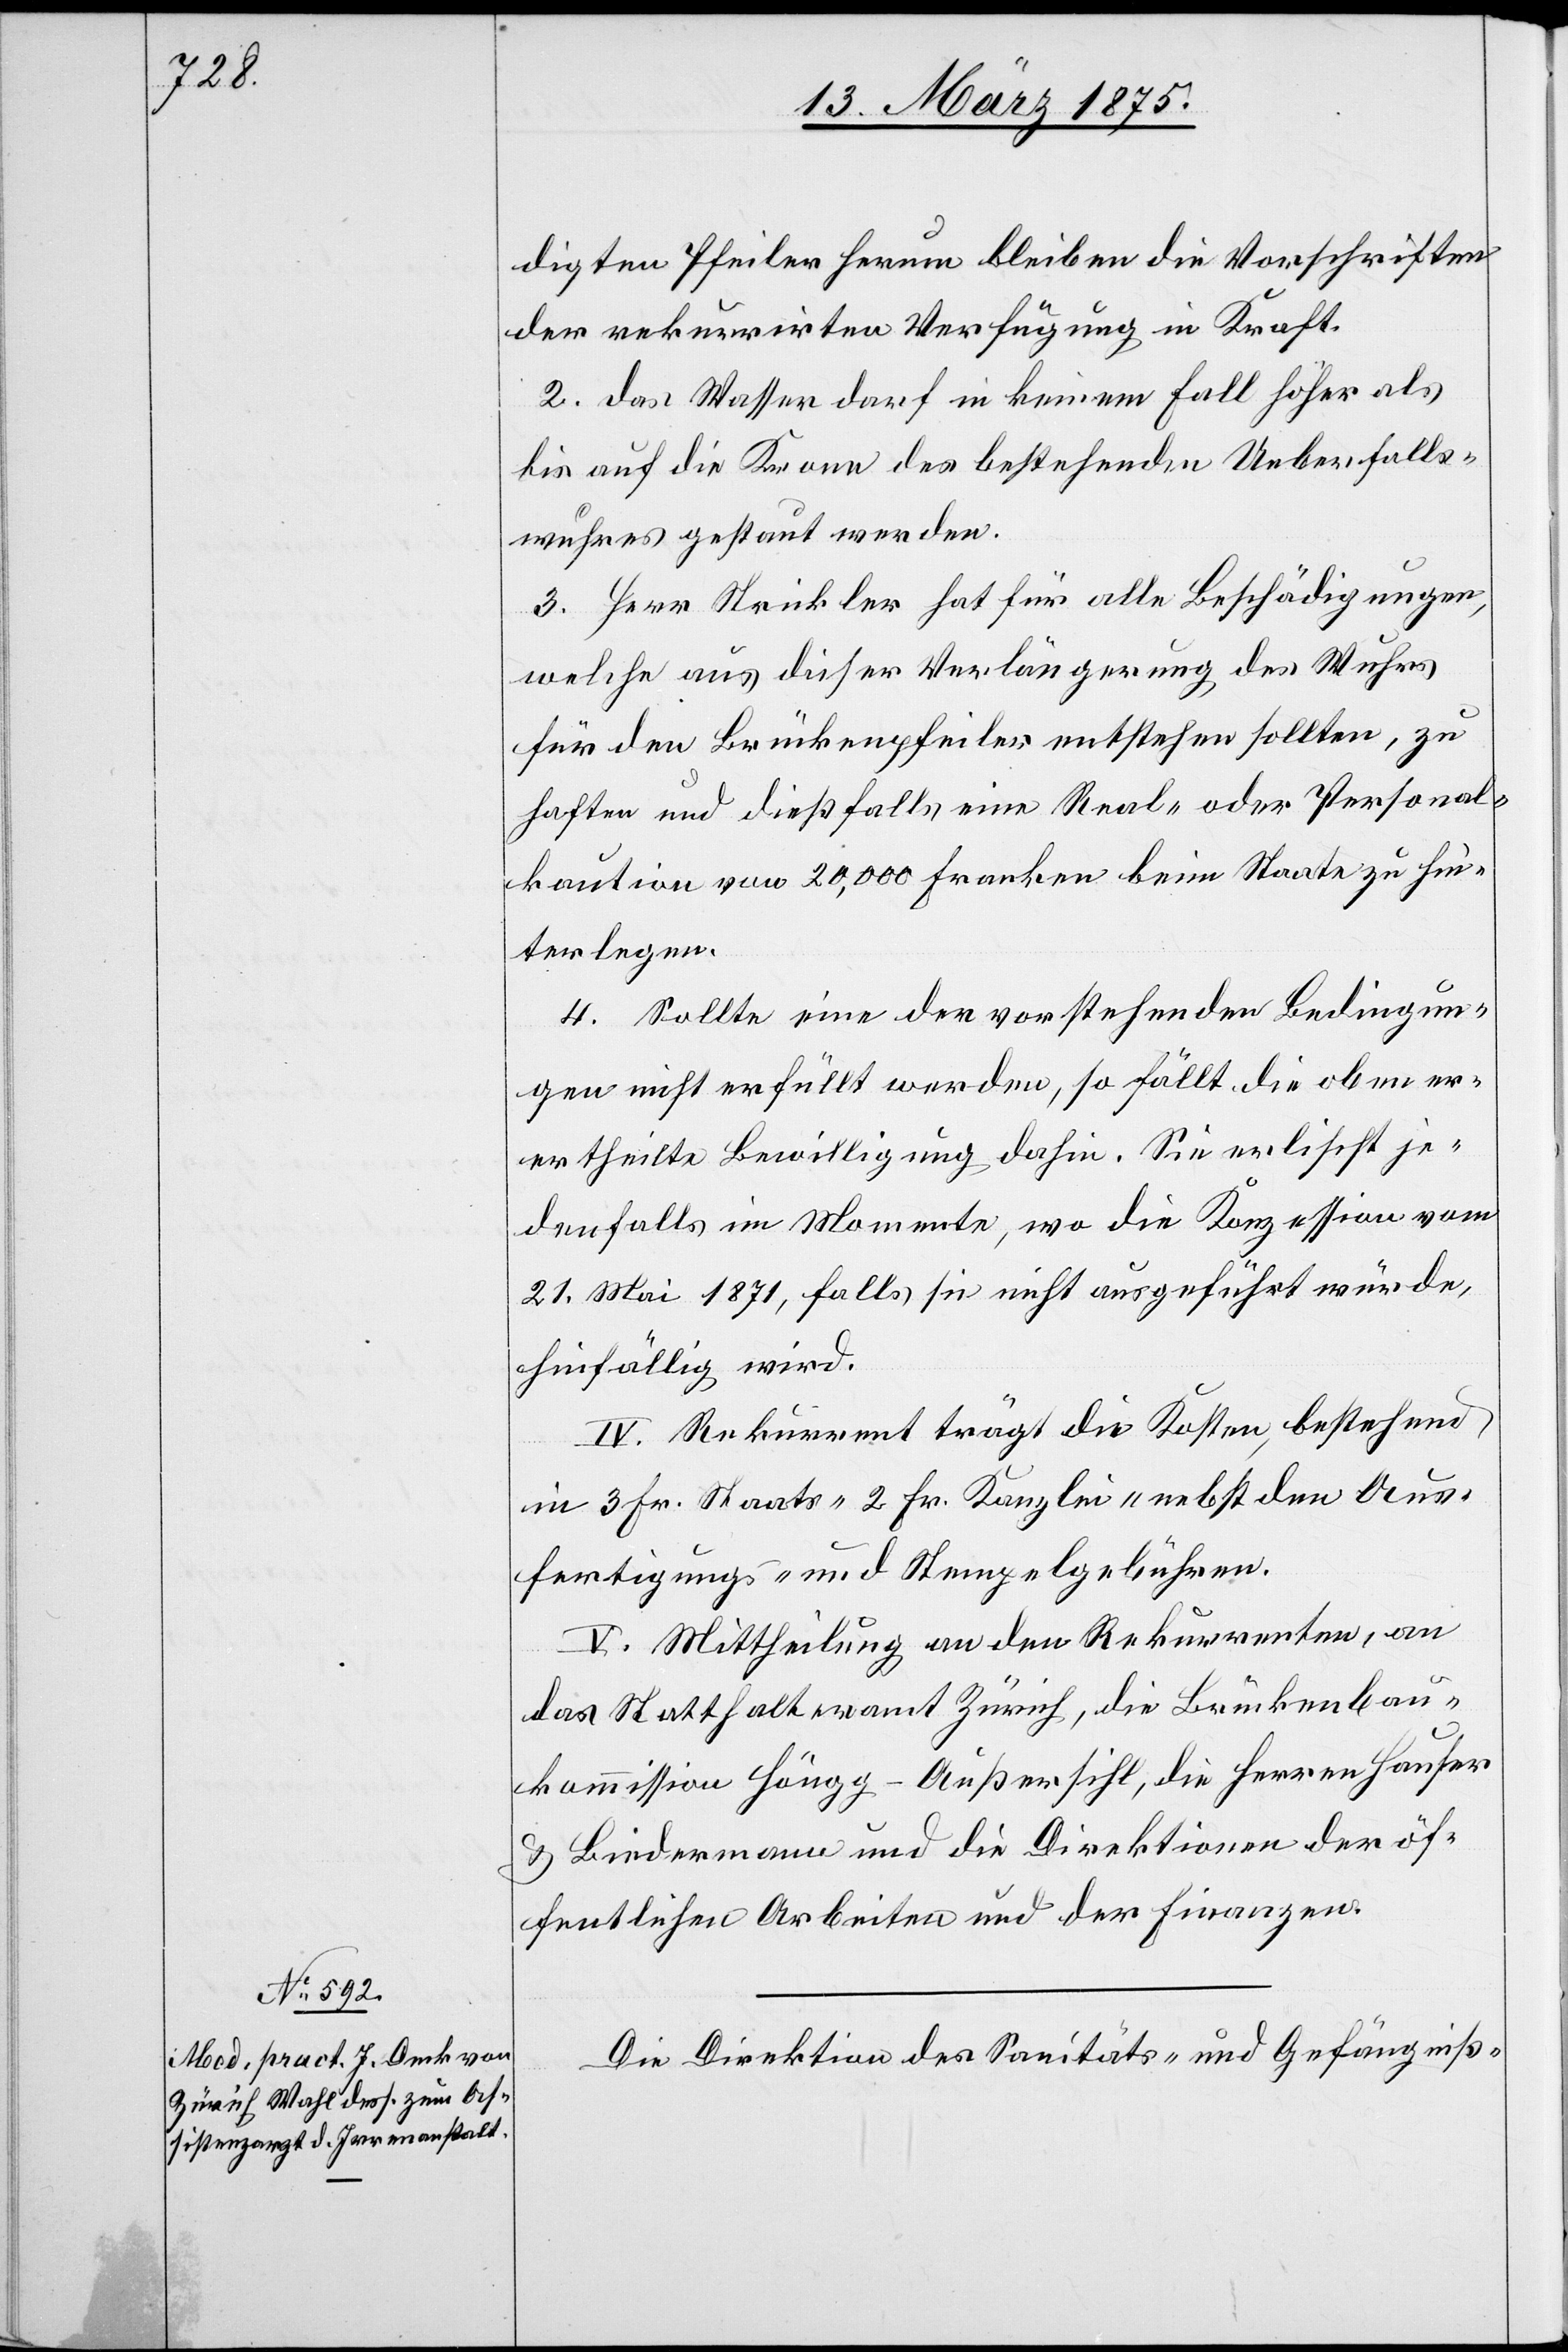
digten Pfeiler herum bleiben die Vorschriften
der rekurrirten Verfügung in Kraft.
2. das Wasser darf in keinem Fall höher als
bis auf die Krone des bestehenden Ueberfalls¬
wuhres gestaut werden.
3. Herr Strickler hat für alle Beschädigungen,
welche aus dieser Verlängerung des Wuhrs
für die Brückenpfeiler entstehen sollten, zu
haften und dießfalls eine Real- oder Personal¬
kaution von 20,000 Franken beim Staate zu hin¬
terlegen.
4. Sollte eine der vorstehenden Bedingun¬
gen nicht erfüllt werden, so fällt die oben er¬
ertheilte [sic!] Bewilligung dahin. Sie erlischt jed¬
21. Mai 1871 falls sie nicht ausgeführt würde,
hinfällig wird.
IV. Rekurrent trägt die Kosten, bestehend
sion vom
in 3 Fr. Staat- 2 Fr. Kanzlei- nebst den Aus¬
fertigungs- und Stempelgebühren.
V. Mittheilung an den Rekurrenten, an
das Statthalteramt Zürich, die Brückenbau¬
komission Höngg–Außersihl, die Herren Hauser
& Biedermann und die Direktionen der öf¬
fentlichen Arbeiten und der Finanzen.
Die Direktion des Sanitäts- und Gefängniß-